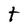
Character: t